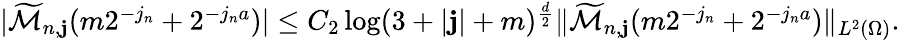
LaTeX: \begin{array}{r}{|\widetilde{\mathcal{M}}_{n,\mathbf{j}}(m2^{-j_{n}}+2^{-j_{n}a})|\leq C_{2}\log(3+|\mathbf{j}|+m)^{\frac{d}{2}}\| \widetilde{\mathcal{M}}_{n,\mathbf{j}}(m2^{-j_{n}}+2^{-j_{n}a})\| _{L^{2}(\Omega)}.}\end{array}